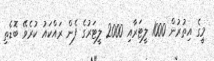
މީގެ އިތުރުން 1000 ލީޓަރާއި 2000 ލީޓަރުގެ ފެން ރައްކައު ކުރެވޭ ބޮޑެތި